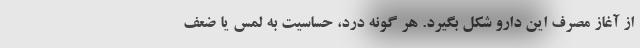
از آغاز مصرف این دارو شکل بگیرد. هر گونه درد، حساسیت به لمس یا ضعف